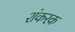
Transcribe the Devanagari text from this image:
शंकरक